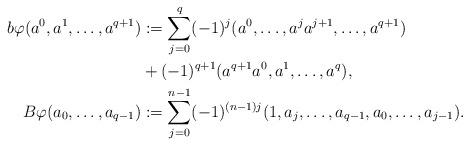
LaTeX: \begin{align*}b \varphi (a^0 ,a^1 ,\ldots ,a^{q+1})& := \sum_{j=0}^q (-1)^j (a^0 ,\ldots ,a^j a^{j+1}, \ldots , a^{q+1}) \\&+ (-1)^{q+1} (a^{q+1} a^0 ,a^1 ,\ldots ,a^{q}) ,\\ B \varphi (a_0 , \ldots , a_{q-1})& := \sum_{j=0}^{n-1} (-1)^{(n-1)j} ( 1 , a_j , \ldots , a_{q-1}, a_0 , \ldots , a_{j-1} ) .\end{align*}